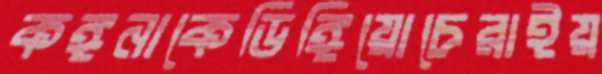
কঙ্গনাকেডিঙ্গিয়োচেরাইয়